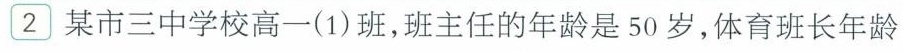
2 某市三中学校高一(1)班，班主任的年龄是50岁，体育班长年龄